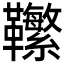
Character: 𩎆